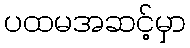
ပထမအဆင့်မှာ